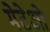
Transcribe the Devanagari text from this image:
मेटेओ